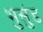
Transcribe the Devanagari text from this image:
भुसुंड